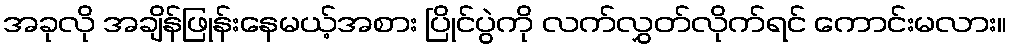
အခုလို အချိန်ဖြုန်းနေမယ့်အစား ပြိုင်ပွဲကို လက်လွှတ်လိုက်ရင် ကောင်းမလား။